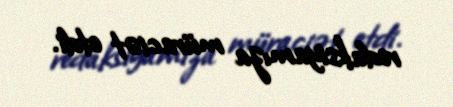
redaksiyamıza müraciət etdi.